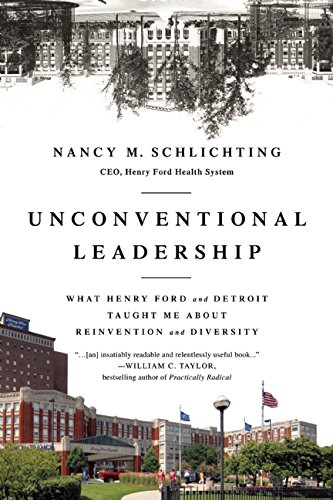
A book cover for Unconventional Leadership: What Henry Ford and Detroit Taught Me about Reinvention and Diversity; Nancy M. Schlichting; Business & Money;